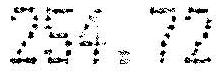
254.72